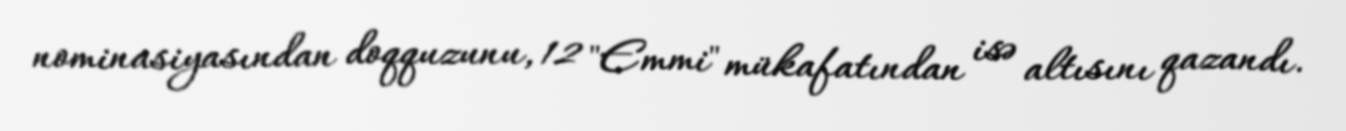
nominasiyasından doqquzunu, 12 "Emmi" mükafatından isə altısını qazandı.